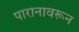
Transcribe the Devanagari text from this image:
पारानावरून